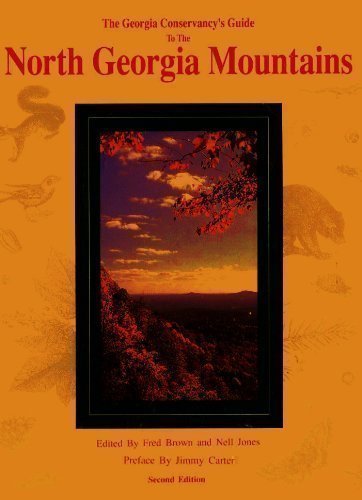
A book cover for The Georgia Conservancy's Guide to the North Georgia Mountains; Travel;